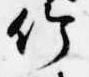
竹